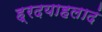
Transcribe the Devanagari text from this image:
ह्रदयाहलादं